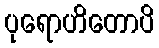
ပုရောဟိတောပိ